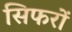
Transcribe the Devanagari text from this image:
सिफरों